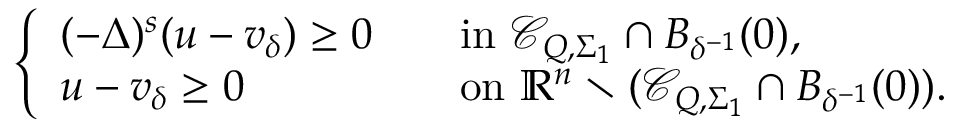
\left\{ \begin{array} { l l } { ( - \Delta ) ^ { s } ( u - v _ { \delta } ) \geq 0 \ \ \ } & { \mathrm { i n } \, \, \mathcal C _ { Q , \Sigma _ { 1 } } \cap B _ { \delta ^ { - 1 } } ( 0 ) , } \\ { u - v _ { \delta } \geq 0 } & { \mathrm { o n } \, \, \mathbb R ^ { n } \setminus ( \mathcal C _ { Q , \Sigma _ { 1 } } \cap B _ { \delta ^ { - 1 } } ( 0 ) ) . } \end{array} \right.